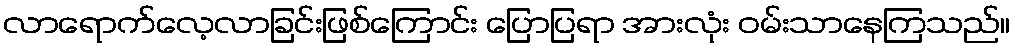
လာရောက်လေ့လာခြင်းဖြစ်ကြောင်း ပြောပြရာ အားလုံး ဝမ်းသာနေကြသည်။